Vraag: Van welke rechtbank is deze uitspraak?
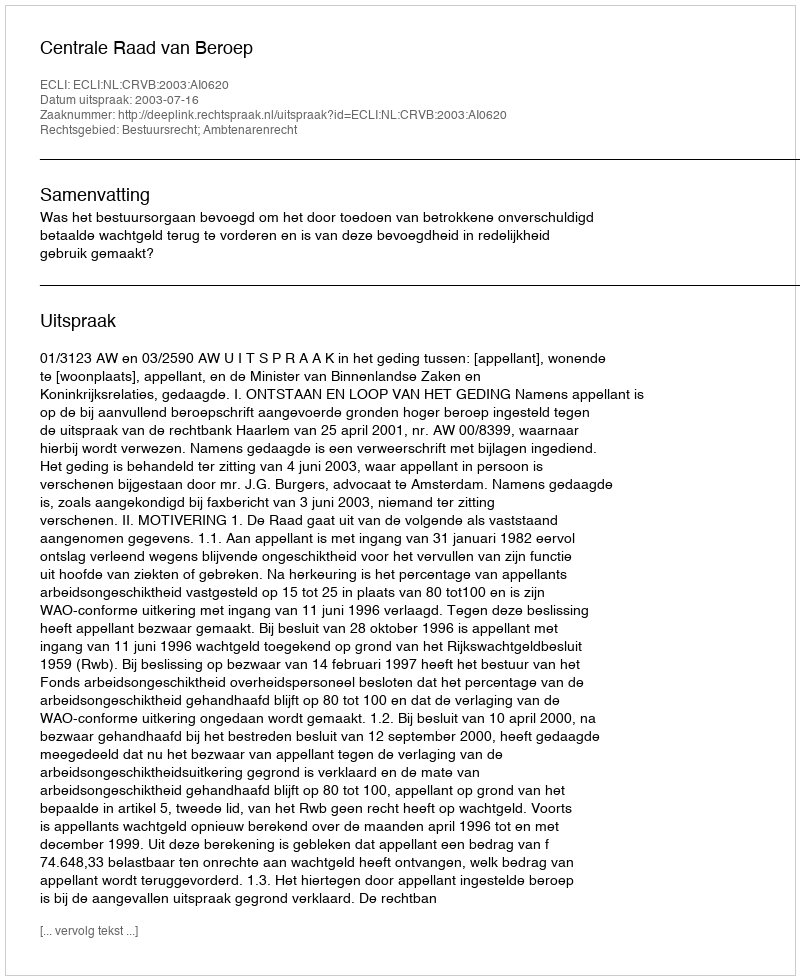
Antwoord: Centrale Raad van Beroep